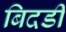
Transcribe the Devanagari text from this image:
बिदडी